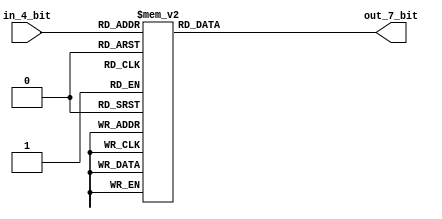
//ECE5440
//Alamin Ahmed 5293
//Lab 2 Number Matching Game with enter/rts and password protection
//Seven Segment Display Module

module SevenSegDisplay(in_4_bit,out_7_bit);
	input[3:0] in_4_bit;
	output[6:0] out_7_bit;
	reg[6:0] out_7_bit;
/*
	--0--
	5   1
	--6--
	4   2
	--3--
0's means active

*/

	always@(in_4_bit) begin
		case(in_4_bit)
			4'b0000: begin out_7_bit = 7'b1000000; end //0
			4'b0001: begin out_7_bit = 7'b1111001; end //1
			4'b0010: begin out_7_bit = 7'b0100100; end //2
			4'b0011: begin out_7_bit = 7'b0110000; end //3
			4'b0100: begin out_7_bit = 7'b0011001; end //4
			4'b0101: begin out_7_bit = 7'b0010010; end //5
			4'b0110: begin out_7_bit = 7'b0000010; end //6
			4'b0111: begin out_7_bit = 7'b1111000; end //7
			4'b1000: begin out_7_bit = 7'b0000000; end //8
			4'b1001: begin out_7_bit = 7'b0010000; end //9
			4'b1010: begin out_7_bit = 7'b0001000; end //10 A
			4'b1011: begin out_7_bit = 7'b0000011; end //11 b
			4'b1100: begin out_7_bit = 7'b1000110; end //12 C
			4'b1101: begin out_7_bit = 7'b0100001; end //13 d
			4'b1110: begin out_7_bit = 7'b0000110; end //14 E
			4'b1111: begin out_7_bit = 7'b0001110; end //15 F

			default: begin out_7_bit = 7'b1111111; end
		endcase
	end
endmodule